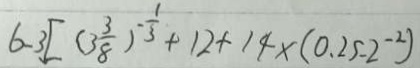
6 - 3 [ ( 3 \frac { 3 } { 8 } ) ^ { - \frac { 1 } { 3 } } + 1 2 + 1 4 \times ( 0 . 2 5 - 2 ^ { - 2 } )